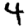
Digit: 4